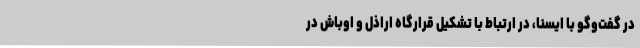
در گفت‌وگو با ایسنا، در ارتباط با تشکیل قرارگاه اراذل و اوباش در